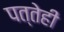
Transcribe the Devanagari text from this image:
पत्तेही